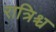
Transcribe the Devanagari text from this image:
रात्रिश्च